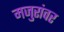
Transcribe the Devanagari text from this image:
मजुरांवर